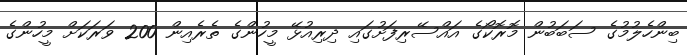
ބިންހެލުމުގެ ސަބަބުން މޮރޮކޯގެ އައްސޭރިފަށުގައި ދިރިއުޅޭ މީހުންގެ ތެރެއިން 200 ވަރަކަށް މީހުންގެ